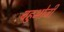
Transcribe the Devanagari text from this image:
बहुभोजी